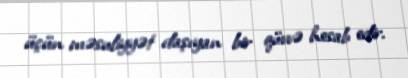
üçün məsuliyyət daşıyan bir qüvvə hesab edir.